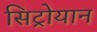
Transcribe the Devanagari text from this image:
सिट्रोयान